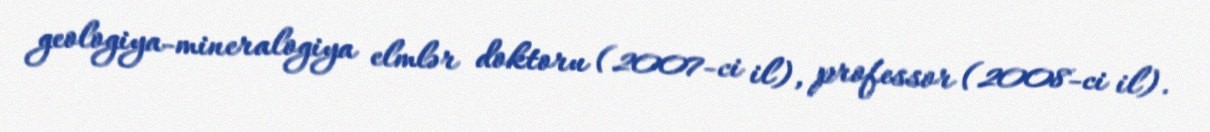
geologiya-mineralogiya elmlər doktoru (2007-ci il), professor (2008-ci il).